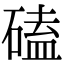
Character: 磕